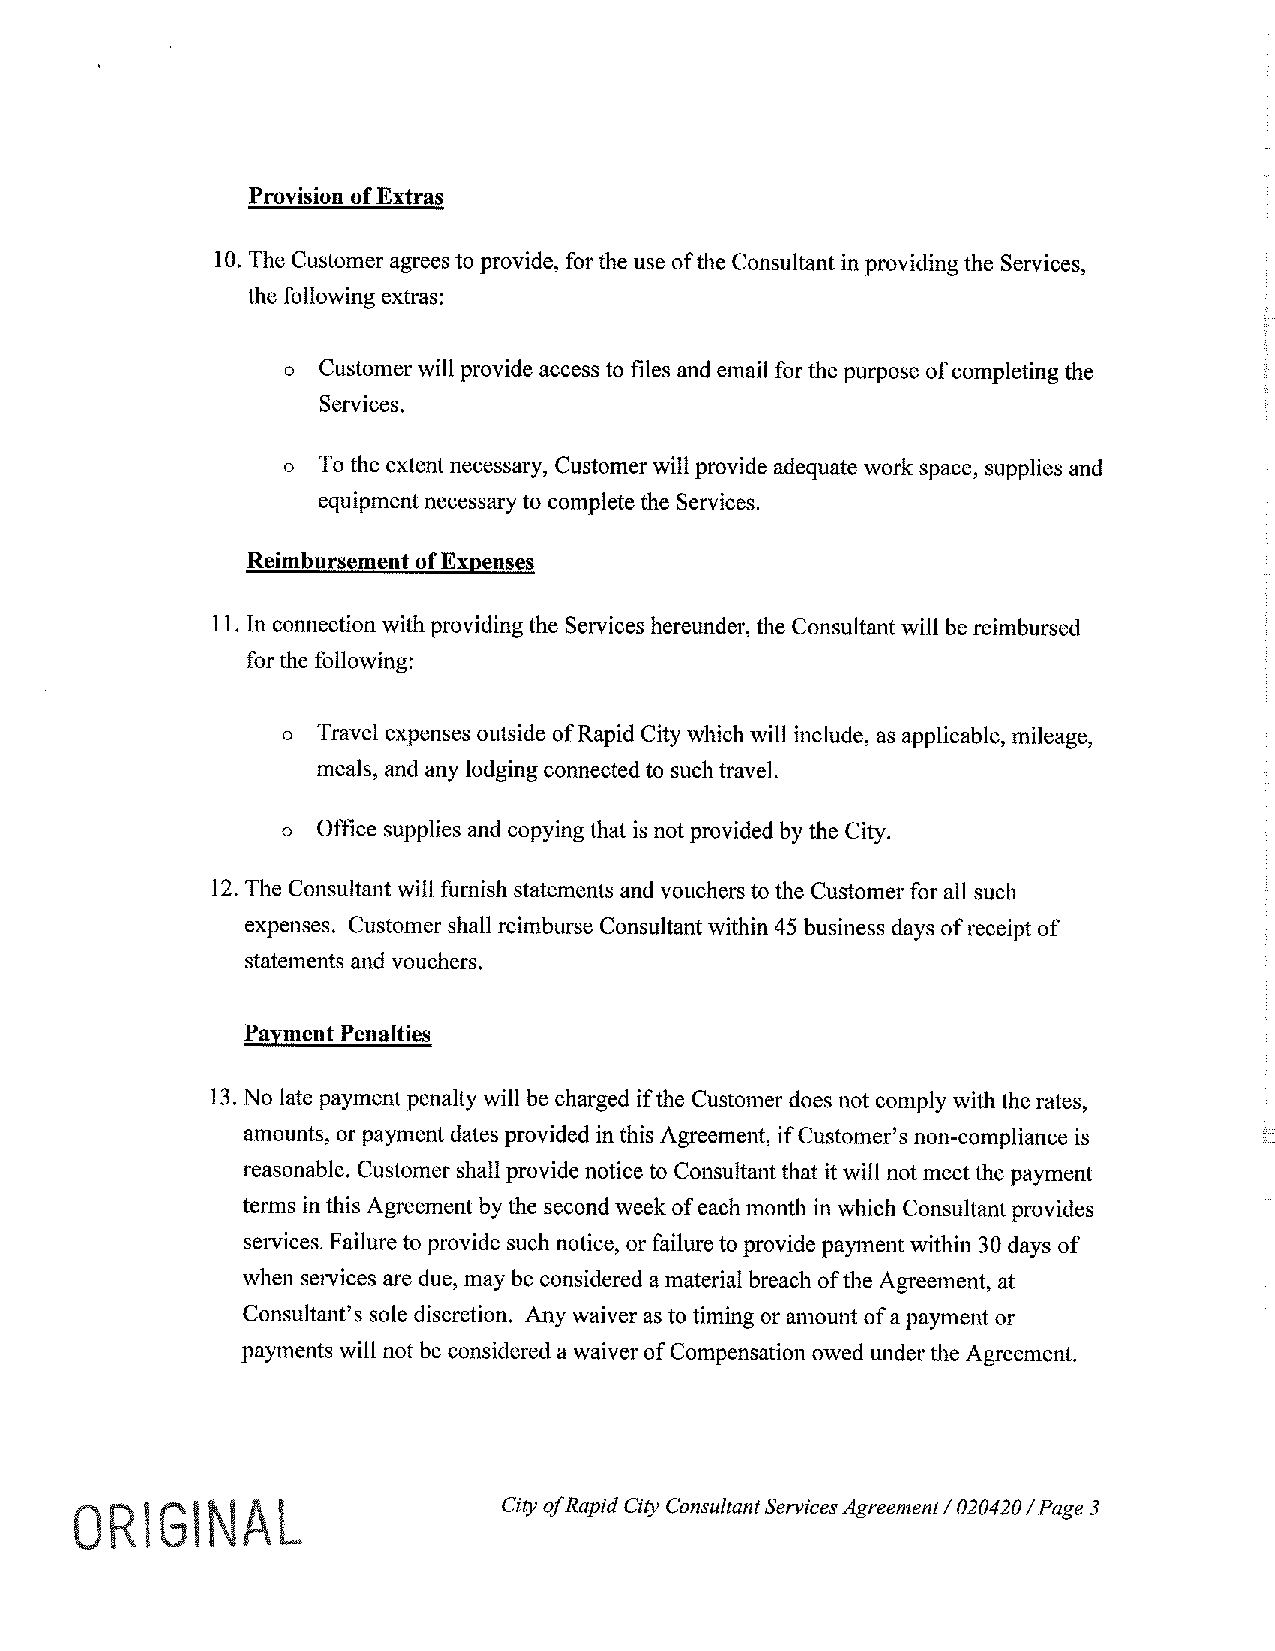
Provision of Extras
 10. The Customer agrees to provide, for the use of the Consultant in providing the Services,
 the following extras:
 o Customer will provide access to files and email for the purpose of completing the
 Services.
 o To the extent necessary, Customer will provide adequate work space, supplies and
 equipment necessary to complete the Services.
 Reimbursement of Expenses
 11. In connection with providing the Services hereunder, the Consultant will be reimbursed
 for the following:
 o Travel expenses outside of Rapid City which will include, as applicable, mileage,
 meals, and any lodging connected to such travel.
 o Office supplies and copying that is not provided by the City.
 12. The Consultant will furnish statements and vouchers to the Customer for all such
 expenses. Customer shall reimburse Consultant within 45 business days of receipt of
 statements and vouchers.
 Payment Penalties
 13. No late payment penalty will be charged if the Customer does not comply with the rates,
 amounts, or payment dates provided in this Agreement, if Customer's non-compliance is
 reasonable. Customer shall provide notice to Consultant that it will not meet the payment
 terms in this Agreement by the second week of each month in which Consultant provides
 services. Failure to provide such notice, or failure to provide payment within 30 days of
 when services are due, may be considered a material breach of the Agreement, at
 Consultant's sole discretion. Any waiver as to timing or amount of a payment or
 payments will not be considered a waiver of Compensation owed under the Agreement.
 0   IGI      L              City ofR apid City Consultant Services Agreement I 020420 I Page 3